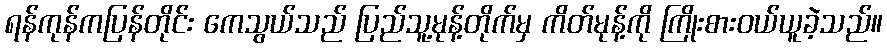
ရန်ကုန်ကပြန်တိုင်း ကေသွယ်သည် ပြည်သူ့မုန့်တိုက်မှ ကိတ်မုန့်ကို ကြိုးစားဝယ်ယူခဲ့သည်။